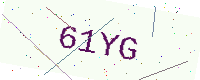
Text: 61YG